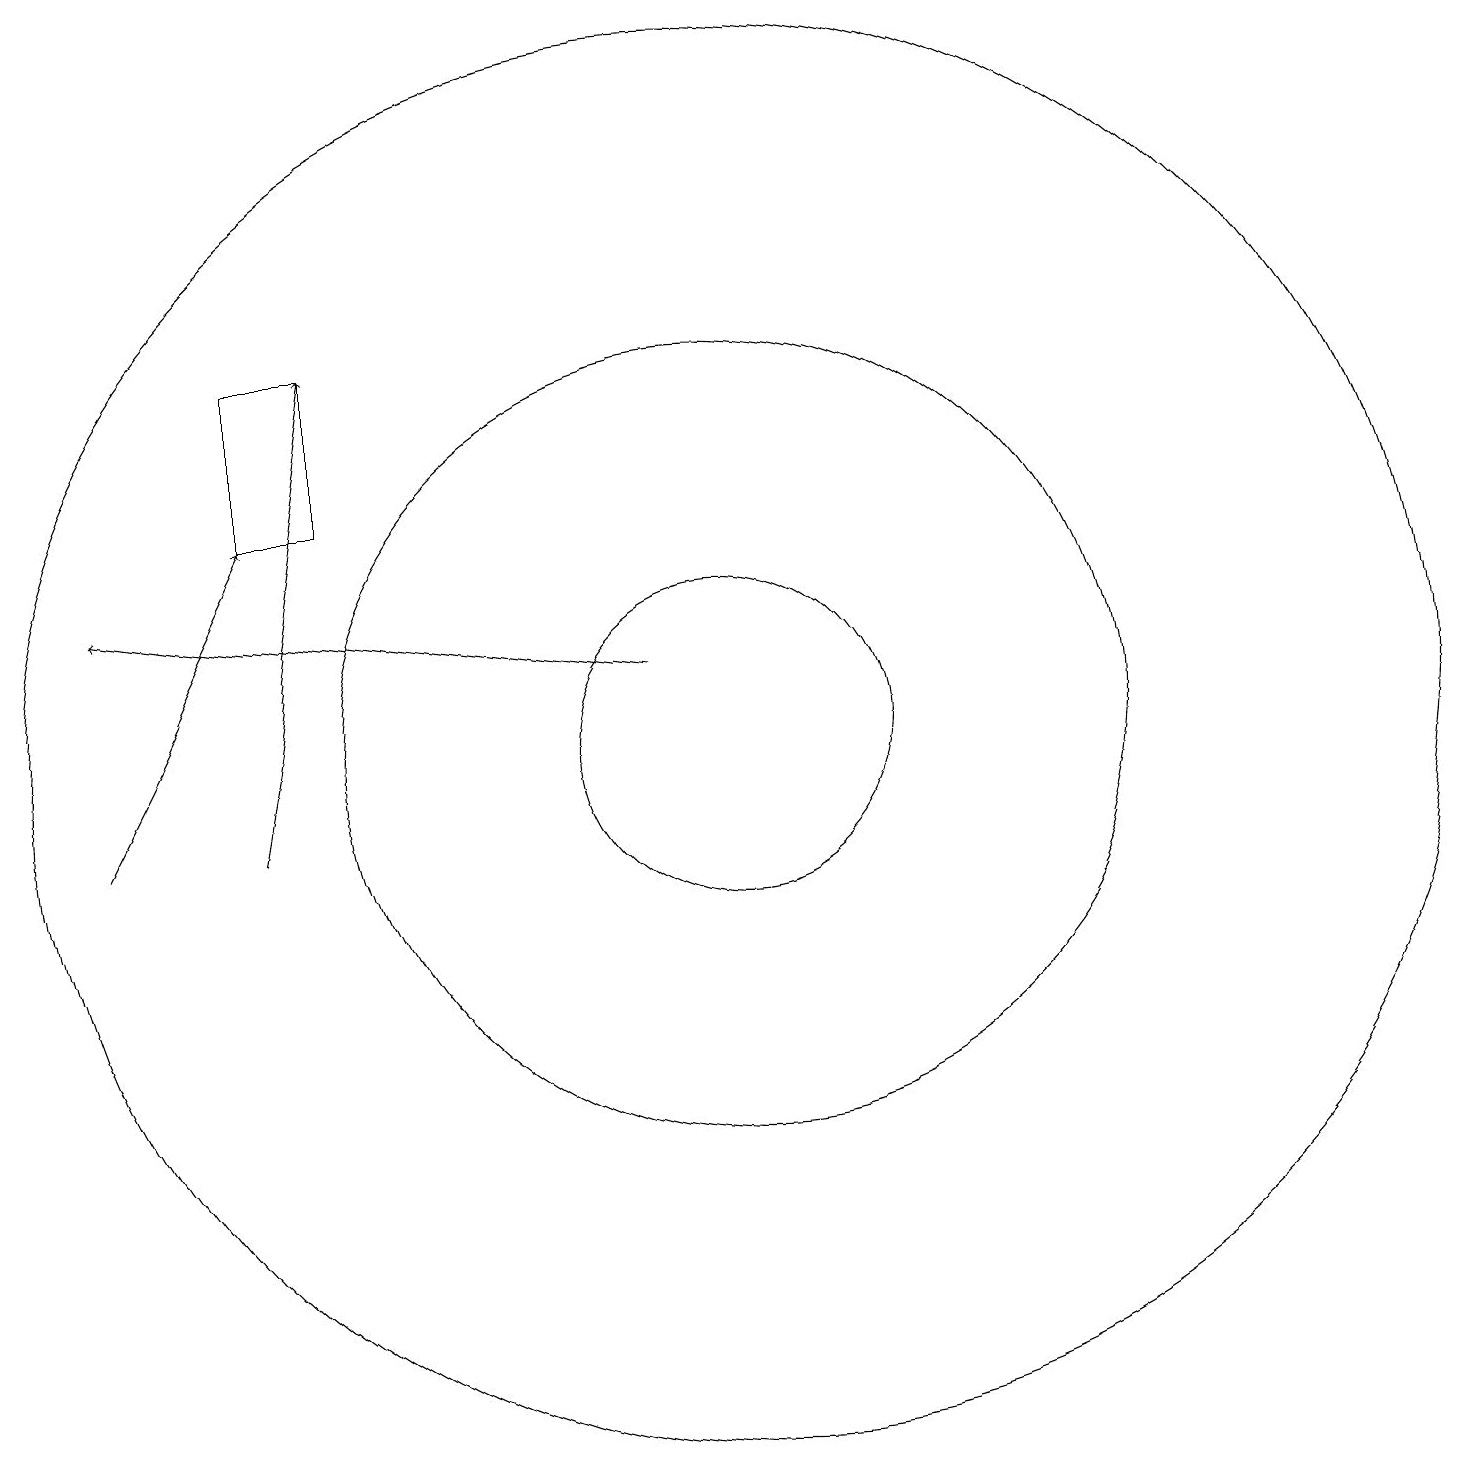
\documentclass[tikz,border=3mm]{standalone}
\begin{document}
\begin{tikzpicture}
\draw (5,16) rectangle (4,14);
\draw (10,11) circle (9);
\draw (10,11) circle (5);
\draw[->] (2,10) -- (4,14);
\draw[->] (4,10) -- (5,16);
\draw[->] (9,12) -- (2,13);
\draw (10,11) circle (2);
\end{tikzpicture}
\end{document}